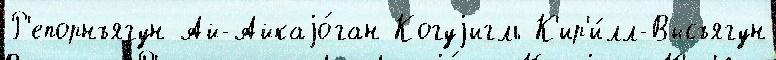
Р'епорнъягун Ай-Айкаjо́ган Когуjигль К'ир'и́лл-Высъягун